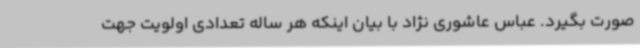
صورت بگیرد. عباس عاشوری نژاد با بیان اینکه هر ساله تعدادی اولویت جهت